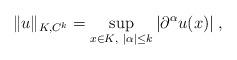
LaTeX: \begin{align*}\|u\|_{K,C^k}=\sup_{x\in K,\ |\alpha|\le k}|\partial^\alpha u(x)|\;,\end{align*}